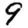
Digit: 9